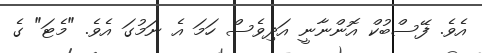
އެވެ. ފޭސްބުކް އޮންނާނީ އަދިވެސް ހަމަ އެ ނަމުގަ އެވެ. "މެޓަ" ގެ